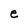
Character: e